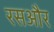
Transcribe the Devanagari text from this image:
रसऔर